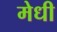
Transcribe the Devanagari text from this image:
मेधी